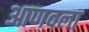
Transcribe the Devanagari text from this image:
आणवला